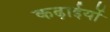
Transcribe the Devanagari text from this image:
कढ़ाईयों